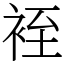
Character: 䘭